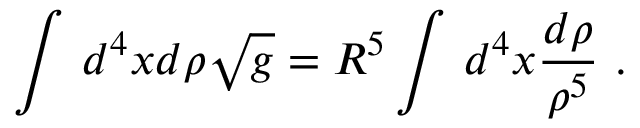
\int \, d ^ { 4 } x d \rho { \sqrt g } = R ^ { 5 } \int \, d ^ { 4 } x \frac { d \rho } { \rho ^ { 5 } } \ .